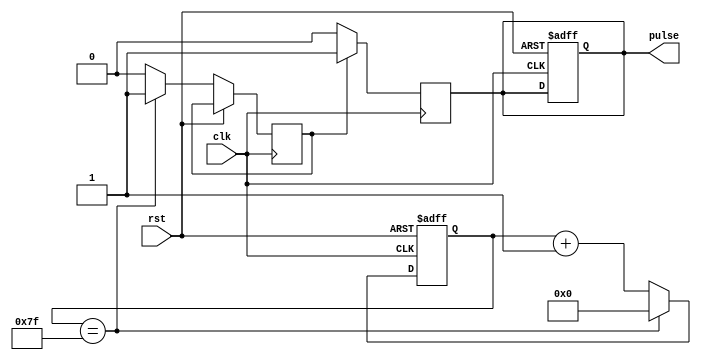
module PulseGenerator (
    input wire clk,
    input wire rst,
    output reg pulse
);

reg [7:0] counter;
reg sync_pulse;

always @ (posedge clk or posedge rst) begin
    if (rst) begin
        counter <= 8'd0;
        pulse <= 1'b0;
    end else begin
        if (counter == 8'd127) begin
            counter <= 8'd0;
            sync_pulse <= 1'b1;
        end else begin
            counter <= counter + 1;
            sync_pulse <= 1'b0;
        end
    end
end

always @ (posedge clk) begin
    if (sync_pulse == 1'b1) begin
        pulse <= 1'b1;
    end else begin
        pulse <= 1'b0;
    end
end

endmodule